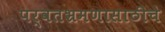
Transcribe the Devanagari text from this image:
पर्वतभ्रमणासाठीचे